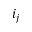
i _ { j }